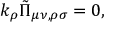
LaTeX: k _ { \rho } \tilde { \Pi } _ { \mu \nu , \rho \sigma } = 0 ,